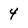
Character: 4